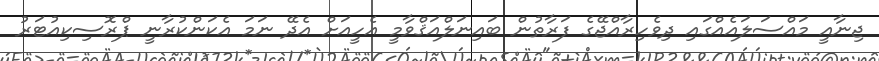
ޖިނާއީ މައްސަލައެއްގައި ދިވެހިރާއްޖޭގެ ފަރާތުން ބައިނަލްއަޤްވާމީ އެހީއަށް އެދޭ ނަމަ އެކަންކުރާނީ ޕްރޮސިކިއުޓަރު